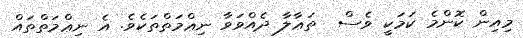
މިއިން ކޮންމެ ކަމަކީ ވެސް  ތަޢާލާ ދެއްވަވާ ނިޢްމަތްތަކެވެ. އެ ނިޢްމަތްތައް